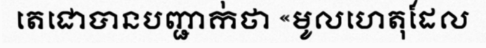
តេជោបានបញ្ជាក់ថា «មូលហេតុដែល